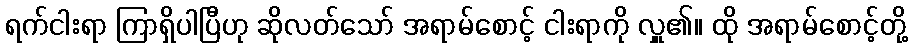
ရက်ငါးရာ ကြာရှိပါပြီဟု ဆိုလတ်သော် အရာမ်စောင့် ငါးရာကို လှူ၏။ ထို အရာမ်စောင့်တို့